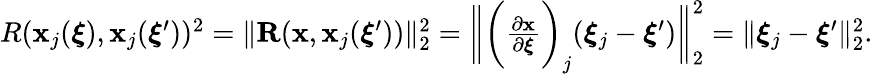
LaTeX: \begin{array}{r}{R(\mathbf{x}_{j}(\boldsymbol{\xi}),\mathbf{x}_{j}(\boldsymbol{\xi}^{\prime}))^{2}=\| \mathbf{R}(\mathbf{x},\mathbf{x}_{j}(\boldsymbol{\xi}^{\prime}))\| _{2}^{2}=\bigg\| \bigg(\frac{\partial\mathbf{x}}{\partial\boldsymbol{\xi}}\bigg)_{j}(\boldsymbol{\xi}_{j}-\boldsymbol{\xi}^{\prime})\bigg\| _{2}^{2}=\| \boldsymbol{\xi}_{j}-\boldsymbol{\xi}^{\prime}\| _{2}^{2}.}\end{array}